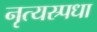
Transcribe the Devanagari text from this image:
नृत्यस्र्पधा